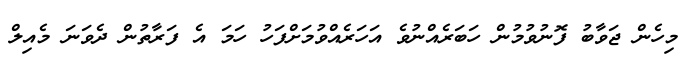
މިހެން ޖަވާބު ފޮނުވުމުން ހަބަރެއްނުވެ އަހަރެއްވުމަށްފަހު ހަމަ އެ ފަރާތުން ދެވަނަ މެއިލް